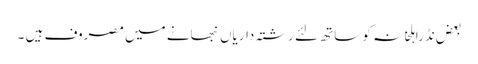
بعض نڈراہلخانہ کو ساتھ لئے رشتہ داریاں نبھانے میں مصروف ہیں ۔